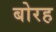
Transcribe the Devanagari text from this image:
बोरह